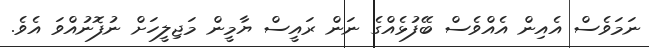
ނަމަވެސް އެއިން އެއްވެސް ބޭފުޅެއްގެ ނަން ރައީސް ޔާމީން މަޖިލީހަށް ނުފޮނުއްވަ އެވެ.